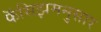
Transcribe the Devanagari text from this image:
फॅसिझमनुसार